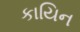
કાયિન